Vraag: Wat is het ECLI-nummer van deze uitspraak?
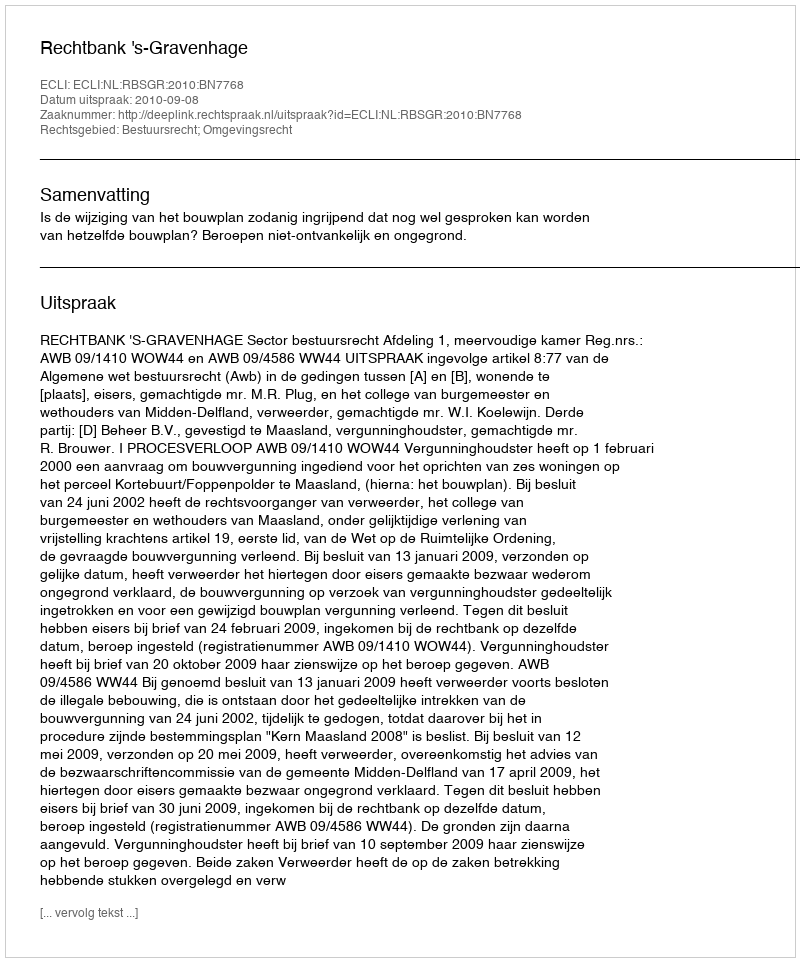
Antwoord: ECLI:NL:RBSGR:2010:BN7768